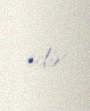
edir.